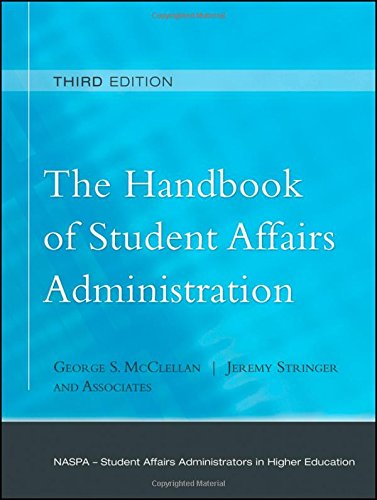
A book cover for The Handbook of Student Affairs Administration: (Sponsored by NASPA, Student Affairs Administrators in Higher Education); Education & Teaching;